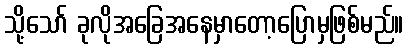
သို့သော် ခုလိုအခြေအနေမှာတော့ပြောမှဖြစ်မည်။